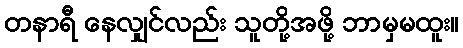
တနာရီ နေလျှင်လည်း သူတို့အဖို့ ဘာမှမထူး။